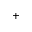
^ +